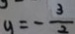
a = - \frac { 3 } { 2 }